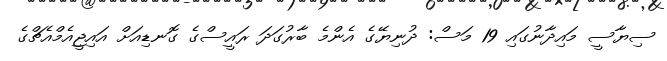
ސިޔާސީ މައިދާނުގައި 19 މަސް: ދުނިޔޭގެ އެންމެ ބާރުގަދަ ރައީސްގެ ގޮނޑިއަށް އައިޖީއެމްއެޗްގެ